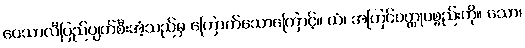
ဝေသာလီပြည်ပျက်စီးအံ့သည်မှ ကြောက်သောကြောင့်။ ယံ၊ အကြင်ဝတ္ထုပစ္စည်းကို။ သော၊